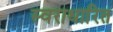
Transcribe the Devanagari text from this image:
स्वराधारित